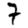
Digit: 7